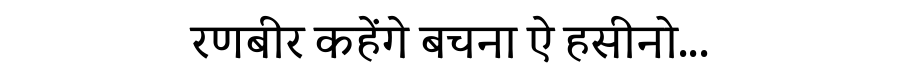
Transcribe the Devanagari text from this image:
रणबीर कहेंगे बचना ऐ हसीनो...